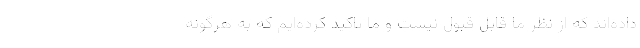
داده‌اند که از نظر ما قابل قبول نیست و ما تاکید کرده‌ایم که به هرگونه